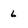
Character: 6